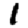
Digit: 1